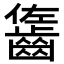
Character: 𪘓